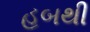
હબથી